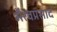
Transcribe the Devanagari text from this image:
भैरवप्रसाद